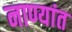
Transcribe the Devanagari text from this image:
नाण्यांत